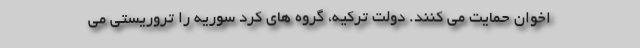
اخوان حمایت می کنند. دولت ترکیه، گروه های کرد سوریه را تروریستی می